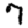
Digit: 7